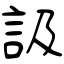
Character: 訯